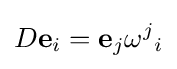
D\mathbf {e} _{i}=\mathbf {e} _{j}{\omega ^{j}}_{i}